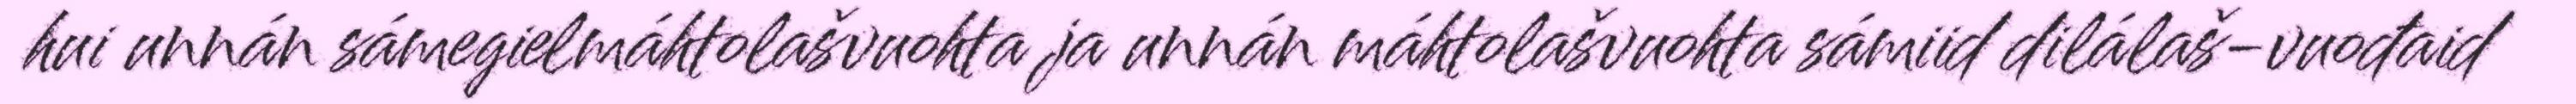
hui unnán sámegielmáhtolašvuohta ja unnán máhtolašvuohta sámiid dilálaš-vuođaid